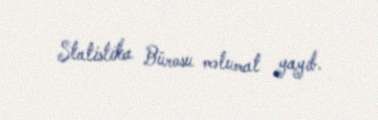
Statistika Bürosu məlumat yayıb.